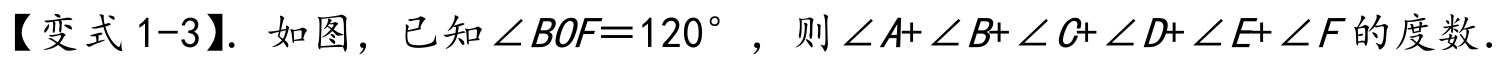
【变式1-3】. 如图，已知\(\angle BOF = 120^{\circ}\)，则\(\angle A+\angle B+\angle C+\angle D+\angle E+\angle F\)的度数.